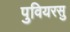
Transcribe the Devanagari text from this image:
पुवियरसु